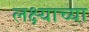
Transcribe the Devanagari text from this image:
लक्ष्याच्या